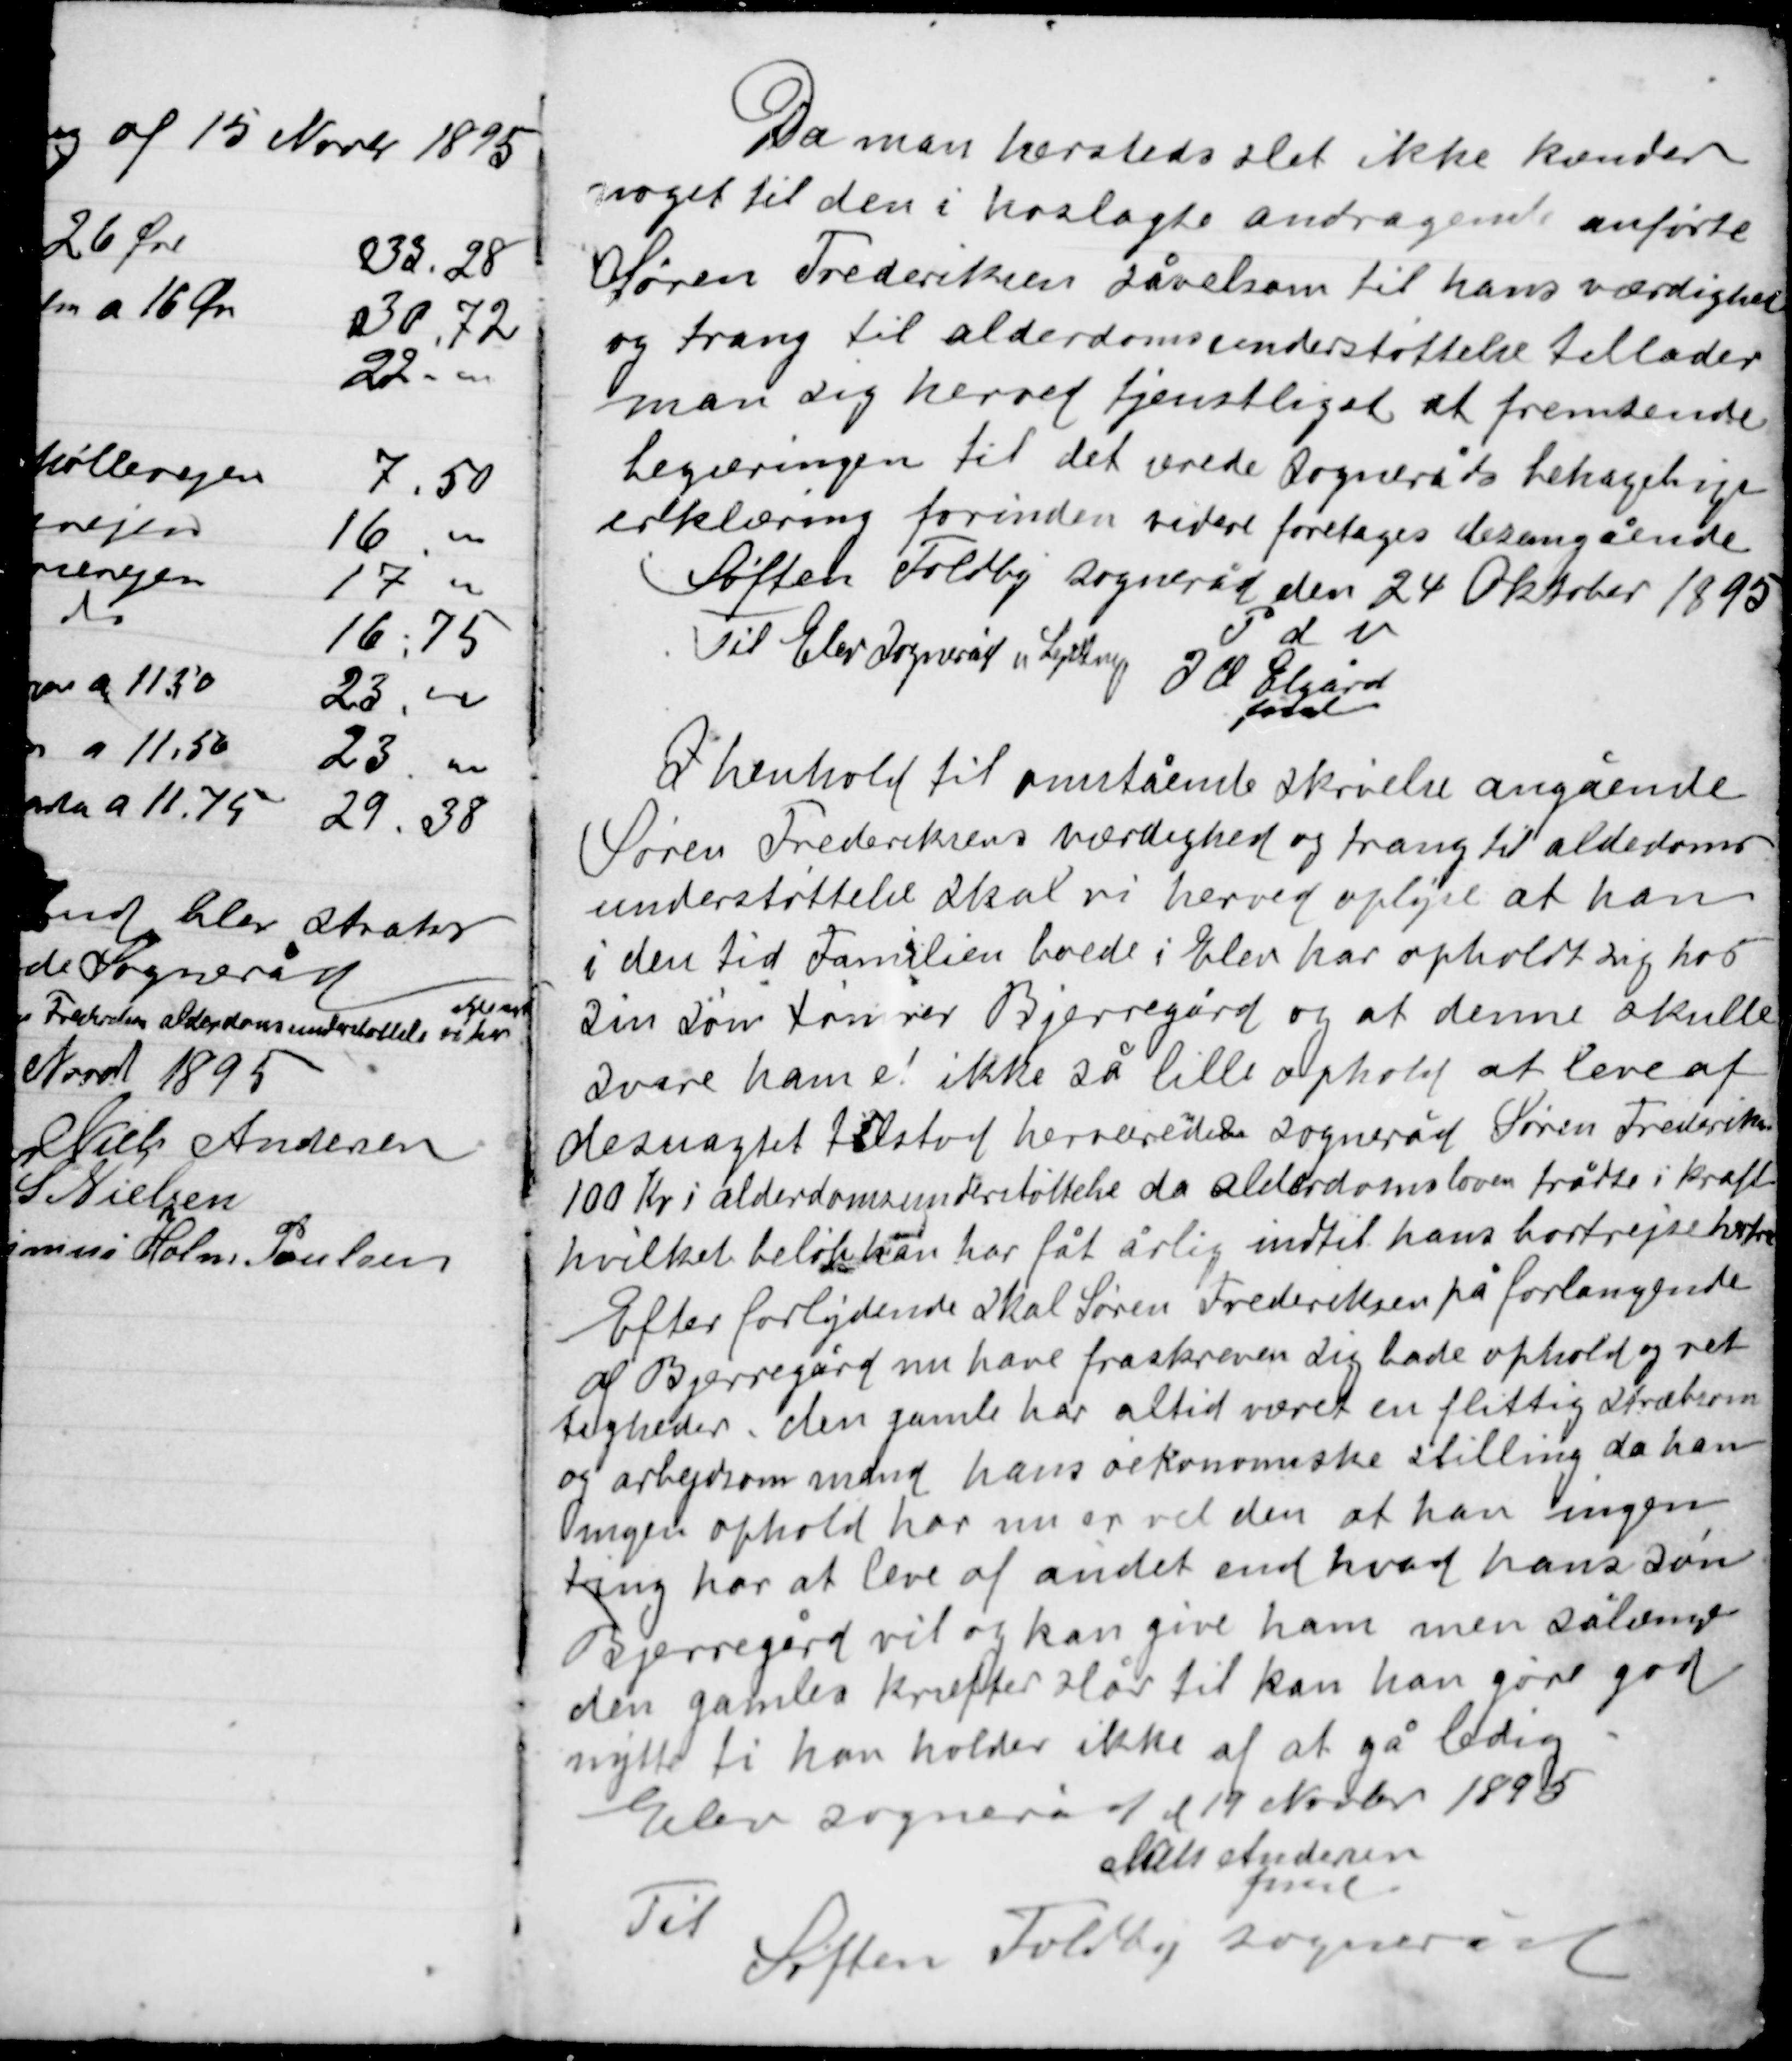
Transskription:
Da man hersteds slet ikke kender
noget til den i hoslagte andragende anførte
Søren Frederiksen såvelsom til hans værdighed
og trang til alderdomsunderstøttelse tillader
man sig herved tjenstligt at fremsende
begæringen til det ærede sogneråds behagelige
erklæring forinden videre foretages desansående.
Søften Foldby sogneråd den 24 Oktober 1895

Til Elev Sogneråd v. Lystrup

P S V
J O Elgård
fmd

I henhold til omstående skrivelse angående
Søren Frederiksens værdighed og trang til alderdoms-
understøttelse skal vi herved oplyse at han
i den tid Familien boede i Elev har opholdt sig hos
sin søn tømrer Bjerregård og at denne skulle
skulle svare ham et ikke så lille ophold at leve af
n
desuagtet tilstod herværede sogneråd Søren Frederiksen
100 Kr i alderdomsunderstøttelse da alderdomsloven trådte i kraft
hvilket beløb han har fåt årlig indtil hans bortrejse herfra.

Efter forlydende skal Søren Frederiksen på forlangende
af Bjerregård nu have fraskreven sig både ophold og ret-
tigheder, den gamle har altid været en flittig stræbsom
og arbejdsom mand hans økonomiske stilling da han
ingen ophold har nu er vel den at han ingen
ting har at leve af andet end hvad hans søn
Bjerregård vil og kan give ham men sålænge
den gamles kræfter slår til kan han gøre god
nytte ti han holder ikke af at gå ledig.

Elev sogneråd d 19 Novbr. 1895
Niels Andersen
fmd.
Til
Søften Foldby sogneråd